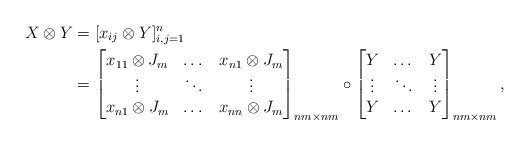
\begin{align*}X \otimes Y &=[ x_{ij} \otimes Y ]_{i,j=1}^n\\&=\begin{bmatrix}x_{11} \otimes J_m&\dots & x_{n1} \otimes J_m\\\vdots& \ddots & \vdots\\ x_{n1} \otimes J_m & \dots & x_{nn} \otimes J_m\end{bmatrix}_{nm \times nm}\circ \begin{bmatrix}Y & \dots & Y\\ \vdots & \ddots & \vdots \\ Y & \dots & Y\end{bmatrix}_{nm \times nm},\end{align*}